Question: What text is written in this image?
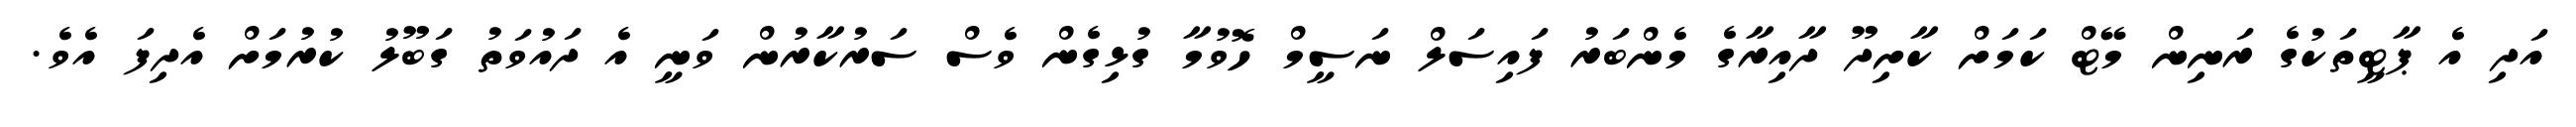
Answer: އަދި އެ ޕާޓީތަކުގެ ރަނިން މޭޓް ކަމަށް ކާށިދޫ ދާއިރާގެ މެންބަރު ފައިސަލް ނަސީމް ހޮވުމާ ގުޅިގެން ވެސް ސަރުކާރުން ވަނީ އެ ދައުވަތު ގަބޫލު ކުރުމަށް އެދިފަ އެވެ.